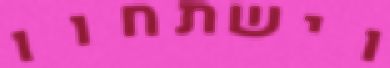
וישתחוו